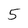
Character: 5